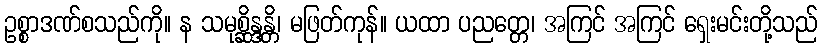
ဥစ္စာဒဏ်စသည်ကို။ န သမုစ္ဆိန္ဒန္တိ၊ မဖြတ်ကုန်။ ယထာ ပညတ္တေ၊ အကြင် အကြင် ရှေးမင်းတို့သည်